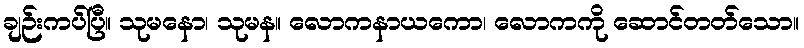
ချဉ်းကပ်ပြီ။ သုမနော၊ သုမန။ လောကနာယကော၊ လောကကို ဆောင်တတ်သော။